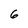
Character: 6